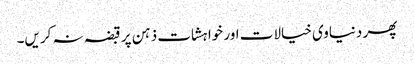
پھر دنیاوی خیالات اور خواہشات ذہن پر قبضہ نہ کریں۔